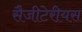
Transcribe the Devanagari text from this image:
सैजीटेरीयस